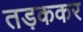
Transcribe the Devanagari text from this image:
तड़ककर